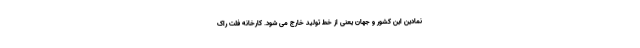
نمادین این کشور و جهان یعنی از خط تولید خارج می شود. کارخانه فلت راک